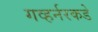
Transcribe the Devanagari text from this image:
गव्हर्नरकडे